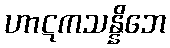
ဟာဋကသန္နိဘေ